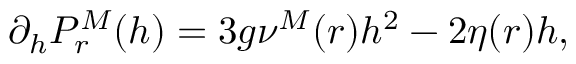
\displaystyle \partial _ { h } { \cal P } _ { r } ^ { M } ( h ) = 3 g \nu ^ { M } ( r ) h ^ { 2 } - 2 \eta ( r ) h ,